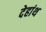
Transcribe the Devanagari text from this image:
देहांथ